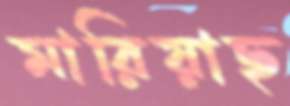
মারিয়াছ